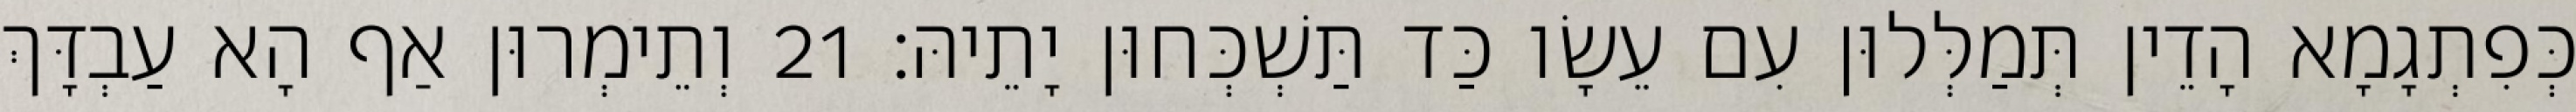
כְּפִתְגָמָא הָדֵין תְּמַלְּלוּן עִם עֵשָׂו כַּד תַּשְׁכְּחוּן יָתֵיהּ׃ 21 וְתֵימְרוּן אַף הָא עַבְדָּךְ